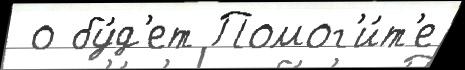
 о бу́д'ет Помог'и́т'е